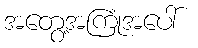
အတွေ့အကြုံအပေါ်